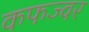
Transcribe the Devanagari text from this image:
कफज्वर